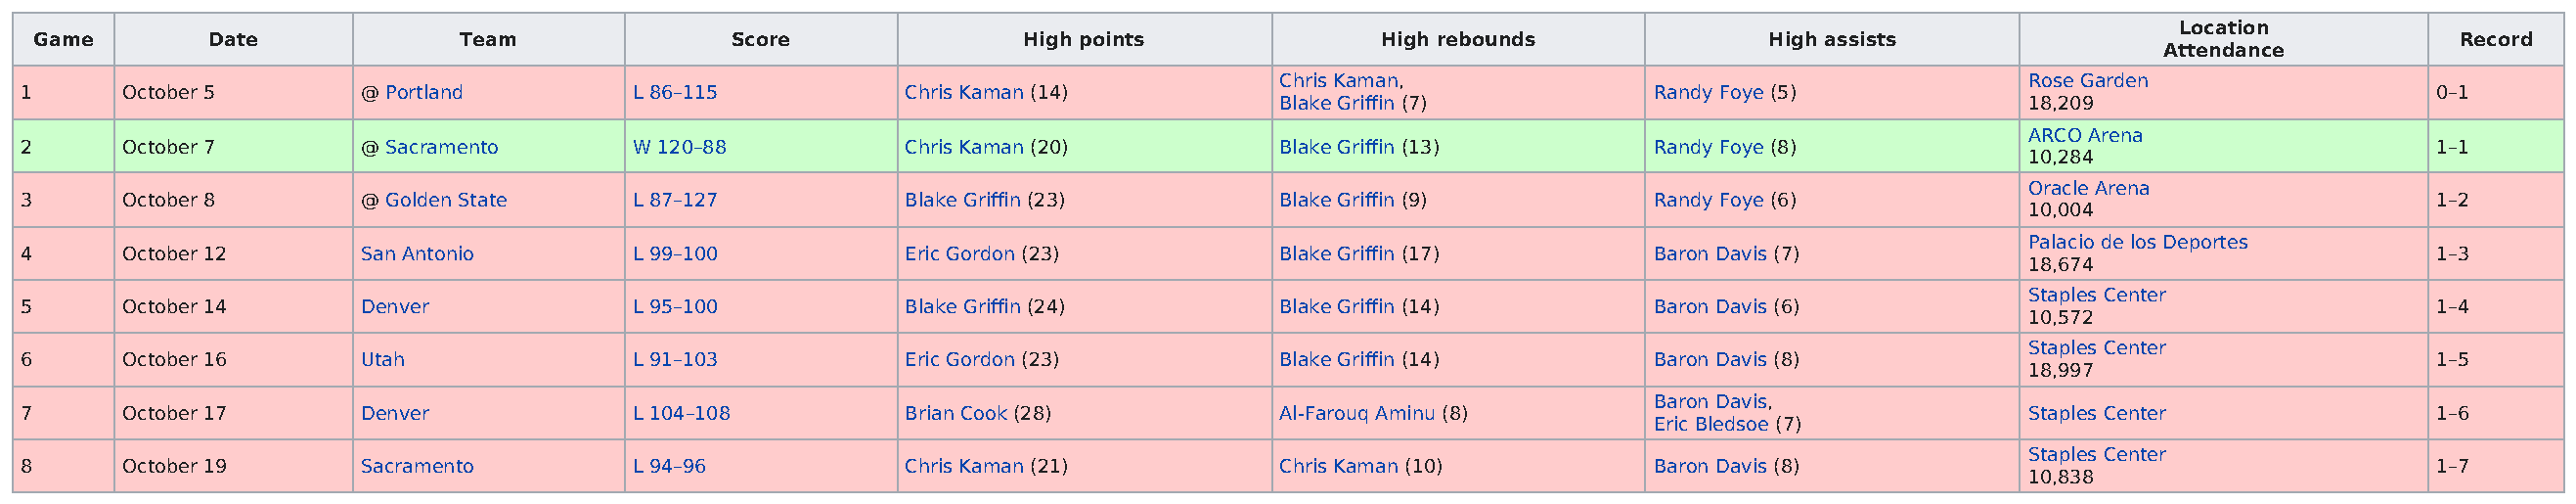
Location
 Game        Date             Team              Score               High points             High rebounds              High assists                                  Record
 Attendance
 Chris Kaman,                                      Rose Garden
 1      October 5       @ Portland         L 86–115          Chris Kaman (14)                                   Randy Foye (5)                                       0–1
 Blake Griffin (7)                                 18,209
 ARCO Arena
 2      October 7       @ Sacramento       W 120–88          Chris Kaman (20)          Blake Griffin (13)       Randy Foye (8)                                       1–1
 10,284
 Oracle Arena
 3      October 8       @ Golden State     L 87–127          Blake Griffin (23)        Blake Griffin (9)        Randy Foye (6)                                       1–2
 10,004
 Palacio de los Deportes
 4      October 12      San Antonio        L 99–100          Eric Gordon (23)          Blake Griffin (17)       Baron Davis (7)                                      1–3
 18,674
 Staples Center
 5      October 14      Denver             L 95–100          Blake Griffin (24)        Blake Griffin (14)       Baron Davis (6)                                      1–4
 10,572
 Staples Center
 6      October 16      Utah               L 91–103          Eric Gordon (23)          Blake Griffin (14)       Baron Davis (8)                                      1–5
 18,997
 Baron Davis,
 7      October 17      Denver             L 104–108         Brian Cook (28)           Al-Farouq Aminu (8)                               Staples Center              1–6
 Eric Bledsoe (7)
 Staples Center
 8      October 19      Sacramento         L 94–96           Chris Kaman (21)          Chris Kaman (10)         Baron Davis (8)                                      1–7
 10,838